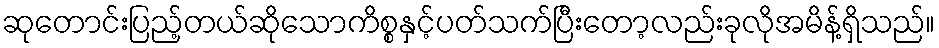
ဆုတောင်းပြည့်တယ်ဆိုသောကိစ္စနှင့်ပတ်သက်ပြီးတော့လည်းခုလိုအမိန့်ရှိသည်။